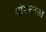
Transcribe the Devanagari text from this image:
थोमसनला